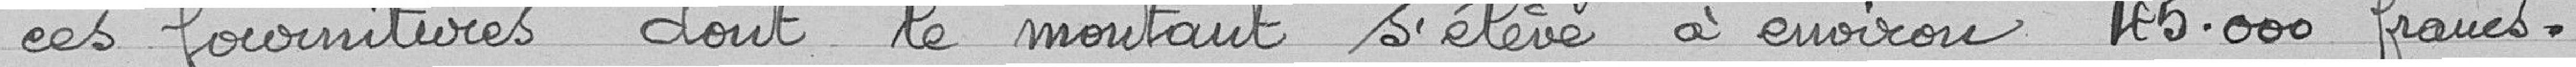
ces fournitures dont le montant s'élève à environ 45 000 francs.